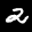
Label: 2